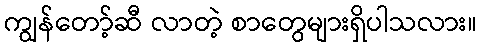
ကျွန်တော့်ဆီ လာတဲ့ စာတွေများရှိပါသလား။